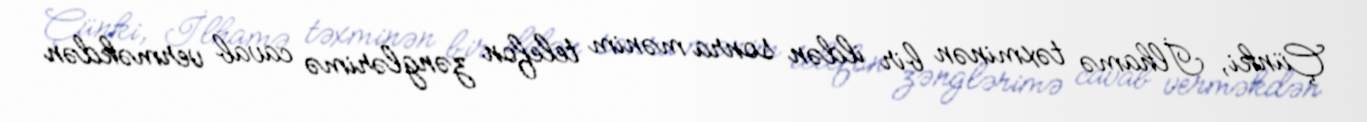
Çünki, İlhamə təxminən bir ildən sonra mənim telefon zənglərimə cavab verməkdən